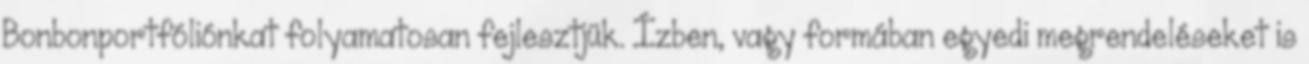
Bonbonportfóliónkat folyamatosan fejlesztjük. Ízben, vagy formában egyedi megrendeléseket is